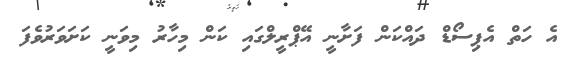
އެ ހަތް އެޕިސޯޑް ދައްކަން ފަށާނީ އޭޕްރީލްގައި ކަން މިހާރު މިވަނީ ކަށަވަރުވެފަ